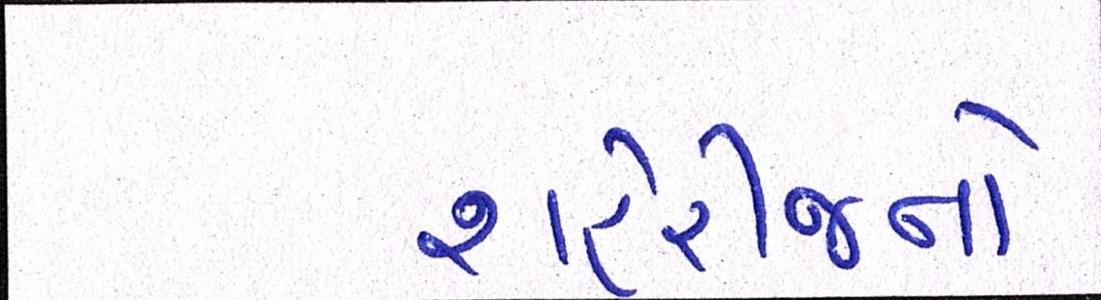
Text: શહેરીજનો